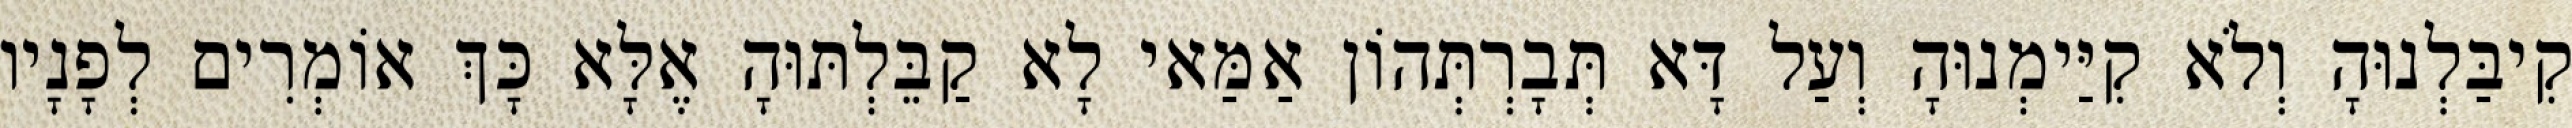
קִיבַּלְנוּהָ וְלֹא קִיַּימְנוּהָ וְעַל דָּא תְּבָרְתְּהוֹן אַמַּאי לָא קַבֵּלְתּוּהָ אֶלָּא כָּךְ אוֹמְרִים לְפָנָיו